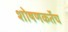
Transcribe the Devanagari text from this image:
शोषणकर्तेच